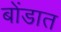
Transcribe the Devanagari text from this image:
बोंडात